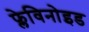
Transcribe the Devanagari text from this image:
फ्लेविनोइड